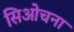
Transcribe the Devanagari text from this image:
सिओचना